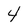
Character: 4